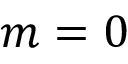
m = 0